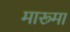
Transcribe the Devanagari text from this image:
मारूमा